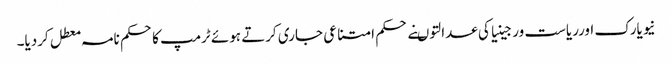
نیویارک اورریاست ورجینیاکی عدالتوںنے حکم امتناعی جاری کرتے ہوئے ٹرمپ کاحکم نامہ معطل کردیا۔